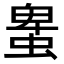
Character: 𧌠